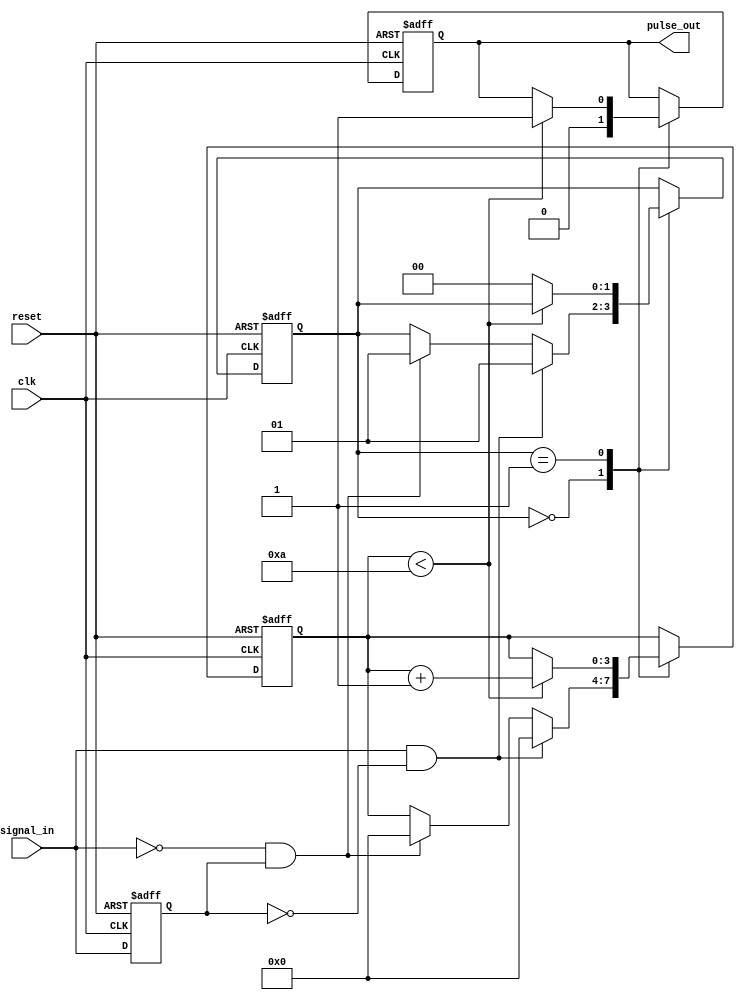
module MonostableEdgeDetector #(
    parameter PULSE_WIDTH = 10 // pulse width in clock cycles
)(
    input wire clk,            // Clock input
    input wire reset,          // Asynchronous reset
    input wire signal_in,      // Input signal
    output reg pulse_out       // Output pulse
);

    // Internal signals
    reg [1:0] state;           // Current state (0: IDLE, 1: PULSE HIGH)
    reg [3:0] counter;         // Counter to control pulse width
    reg signal_in_d;           // Delayed signal for edge detection

    // State encoding
    localparam IDLE = 2'b00;
    localparam PULSE_HIGH = 2'b01;

    // Edge detection logic and pulse generation
    always @(posedge clk or posedge reset) begin
        if (reset) begin
            pulse_out <= 0;
            counter <= 0;
            state <= IDLE;
            signal_in_d <= 0;
        end else begin
            // Edge detection
            signal_in_d <= signal_in; // Store previous state

            case (state)
                IDLE: begin
                    pulse_out <= 0; // Ensure pulse_out is low
                    // Check for rising or falling edge
                    if (signal_in & ~signal_in_d) begin
                        // Rising edge detected
                        state <= PULSE_HIGH;
                        counter <= 0; // Reset the counter
                    end else if (~signal_in & signal_in_d) begin
                        // Falling edge detected
                        state <= PULSE_HIGH;
                        counter <= 0; // Reset the counter
                    end
                end
                PULSE_HIGH: begin
                    if (counter < PULSE_WIDTH) begin
                        pulse_out <= 1; // Set pulse output high
                        counter <= counter + 1; // Increment counter
                    end else begin
                        state <= IDLE; // Back to IDLE after pulse width expires
                    end
                end
            endcase
        end
    end

endmodule